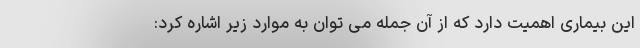
این بیماری اهمیت دارد که از آن جمله می توان به موارد زیر اشاره کرد: